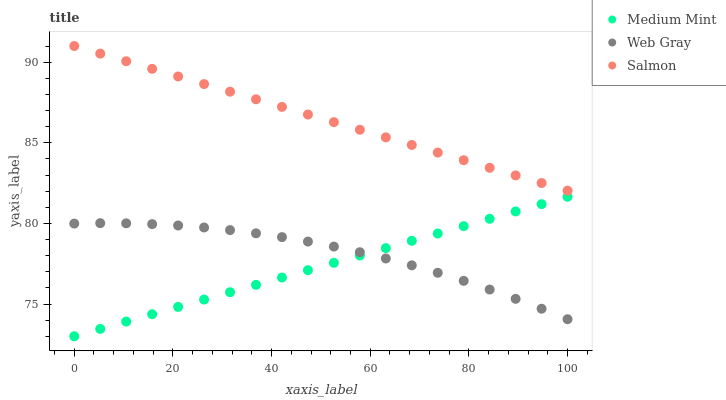
| xaxis_label | Medium Mint | Web Gray | Salmon |
 | --- | --- | --- | --- |
 | 0 | 73 | 80 | 91 |
 | 5.26 | 73.5 | 80 | 90.5 |
 | 10.5 | 73.9 | 80 | 90.1 |
 | 15.8 | 74.4 | 80 | 89.6 |
 | 21.1 | 74.8 | 79.9 | 89.1 |
 | 26.3 | 75.3 | 79.7 | 88.6 |
 | 31.6 | 75.7 | 79.6 | 88.2 |
 | 36.8 | 76.2 | 79.4 | 87.7 |
 | 42.1 | 76.6 | 79.1 | 87.2 |
 | 47.4 | 77.1 | 78.9 | 86.8 |
 | 52.6 | 77.6 | 78.6 | 86.3 |
 | 57.9 | 78 | 78.2 | 85.8 |
 | 63.2 | 78.5 | 77.8 | 85.3 |
 | 68.4 | 78.9 | 77.4 | 84.9 |
 | 73.7 | 79.4 | 76.9 | 84.4 |
 | 78.9 | 79.8 | 76.4 | 83.9 |
 | 84.2 | 80.3 | 75.9 | 83.4 |
 | 89.5 | 80.7 | 75.3 | 83 |
 | 94.7 | 81.2 | 74.7 | 82.5 |
 | 100 | 81.6 | 74.1 | 82 |